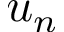
u _ { n }